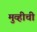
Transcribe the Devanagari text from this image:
मुव्हीची